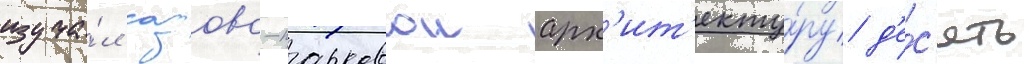
изуча́л садово-парковои арх'ит'екту́ру д'е́с'ять